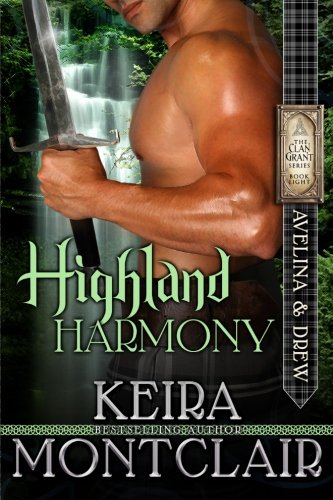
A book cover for Highland Harmony: Avelina and Drew (Clan Grant Series) (Volume 8); Keira Montclair; Romance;